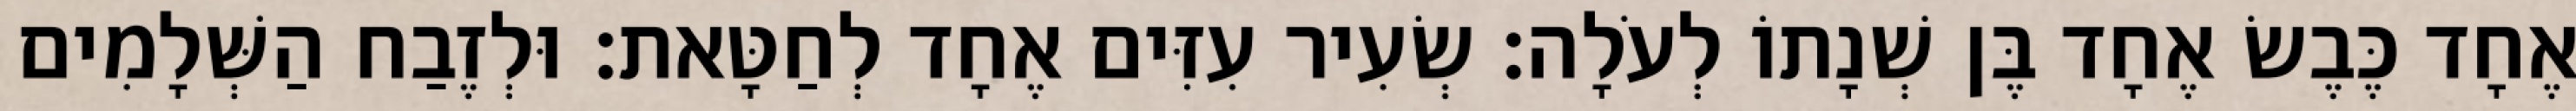
אֶחָד כֶּבֶשׂ אֶחָד בֶּן שְׁנָתוֹ לְעֹלָה׃ שְׂעִיר עִזִּים אֶחָד לְחַטָּאת׃ וּלְזֶבַח הַשְּׁלָמִים